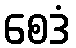
စေဒံ